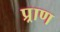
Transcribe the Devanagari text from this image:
प्र्राण